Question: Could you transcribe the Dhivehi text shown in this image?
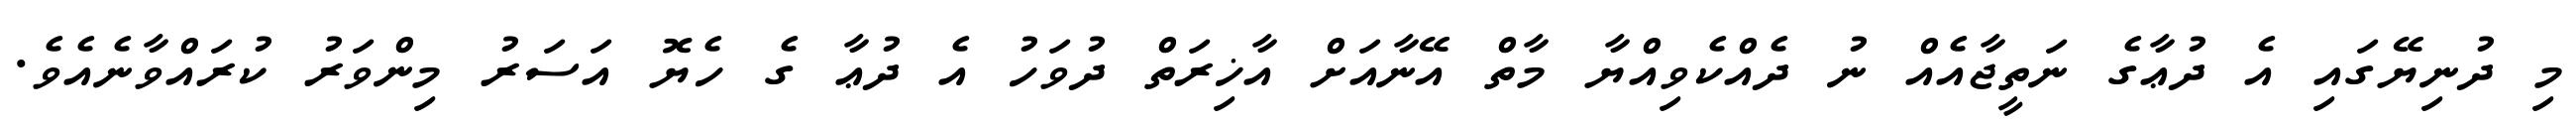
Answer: މި ދުނިޔޭގައި އެ ދުޢާގެ ނަތީޖާއެއް ނު ދެއްކެވިއްޔާ މާތް އޭނާއަށް އާޚިރަތް ދުވަހު އެ ދުޢާ ގެ ހެޔޮ އަސަރު މިންވަރު ކުރައްވާނެއެވެ.